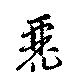
麗